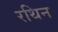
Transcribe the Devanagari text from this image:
रथिन